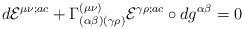
\begin{align*}d{\cal E}^{\mu\nu;ac}+\Gamma^{(\mu\nu)}_{(\alpha\beta)(\gamma\rho)}{\cal E}^{\gamma\rho;ac}\circ dg^{\alpha\beta} =0\end{align*}